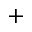
^ +